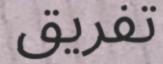
تفريق